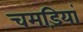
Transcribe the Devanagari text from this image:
चमड़ियां